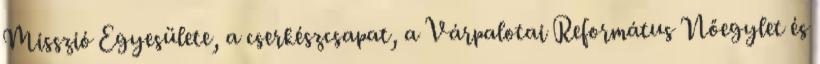
Misszió Egyesülete, a cserkészcsapat, a Várpalotai Református Nőegylet és